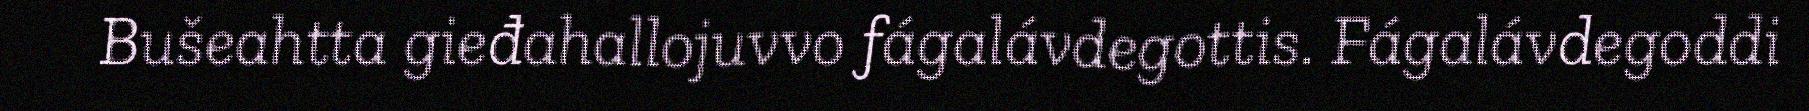
Bušeahtta gieđahallojuvvo fágalávdegottis. Fágalávdegoddi